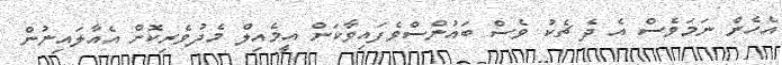
އެހެން ނަމަވެސް އެ ދެ ޗެކު ވެސް ބައުންސްވެފައިވާކަން އީމެއިލް މެދުވެރިކޮށް އެއާލައިނުން